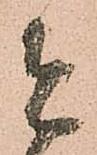
者